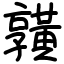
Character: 𪏆